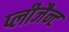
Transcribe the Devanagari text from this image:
प्लीजैन्ट